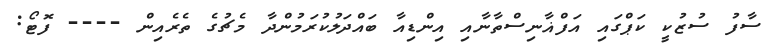
ސާފު ސުޒުކީ ކަޕްގައި އަފްޣާނިސްތާނާއި އިންޑިއާ ބައްދަލުކުރަމުންދާ މެޗުގެ ތެރެއިން ---- ފޮޓޯ: